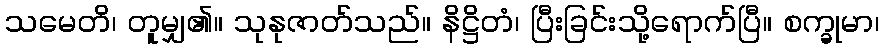
သမေတိ၊ တူမျှ၏။ သုနုဇာတ်သည်။ နိဋ္ဌိတံ၊ ပြီးခြင်းသို့ရောက်ပြီ။ စက္ခုမာ၊